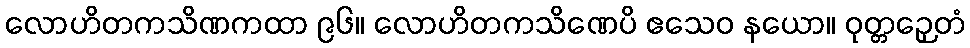
လောဟိတကသိဏကထာ ၉၆။ လောဟိတကသိဏေပိ ဧသေဝ နယော။ ဝုတ္တဉှေတံ